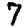
Digit: 7